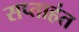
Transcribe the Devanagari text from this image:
सप्‍ताहंत